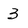
Character: 3